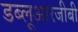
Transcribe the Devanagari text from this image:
डब्लूआरजीबी